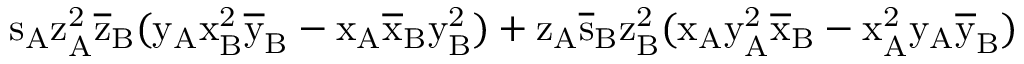
\mathrm { s _ { A } \mathrm { z _ { A } ^ { 2 } \mathrm { \overline { { z } } _ { B } ( \mathrm { y _ { A } \mathrm { x _ { B } ^ { 2 } \mathrm { \overline { { y } } _ { B } - \mathrm { x _ { A } \mathrm { \overline { { x } } _ { B } \mathrm { y _ { B } ^ { 2 } ) + \mathrm { z _ { A } \mathrm { \overline { { s } } _ { B } \mathrm { z _ { B } ^ { 2 } ( \mathrm { x _ { A } \mathrm { y _ { A } ^ { 2 } \mathrm { \overline { { x } } _ { B } - \mathrm { x _ { A } ^ { 2 } \mathrm { y _ { A } \mathrm { \overline { { y } } _ { B } ) } } } } } } } } } } } } } } } } } }